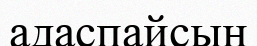
адаспайсың